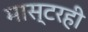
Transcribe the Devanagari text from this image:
मास्टरही